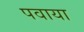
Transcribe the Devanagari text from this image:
पवाया